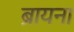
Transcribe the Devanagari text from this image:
ब्रायना